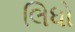
લિધો